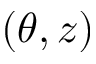
( \theta , z )